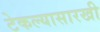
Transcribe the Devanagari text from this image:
टेकल्यासारखी